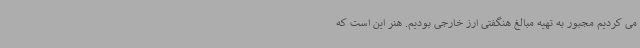
می کردیم مجبور به تهیه مبالغ هنگفتی ارز خارجی بودیم. هنر این است که